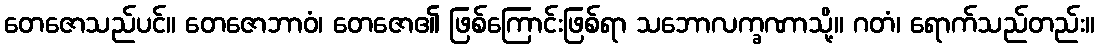
တေဇောသည်ပင်။ တေဇောဘာဝံ၊ တေဇော၏ ဖြစ်ကြောင်းဖြစ်ရာ သဘောလက္ခဏာသို့။ ဂတံ၊ ရောက်သည်တည်း။